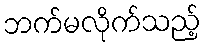
ဘက်မလိုက်သည့်